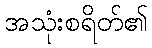
အသုံးစရိတ်၏